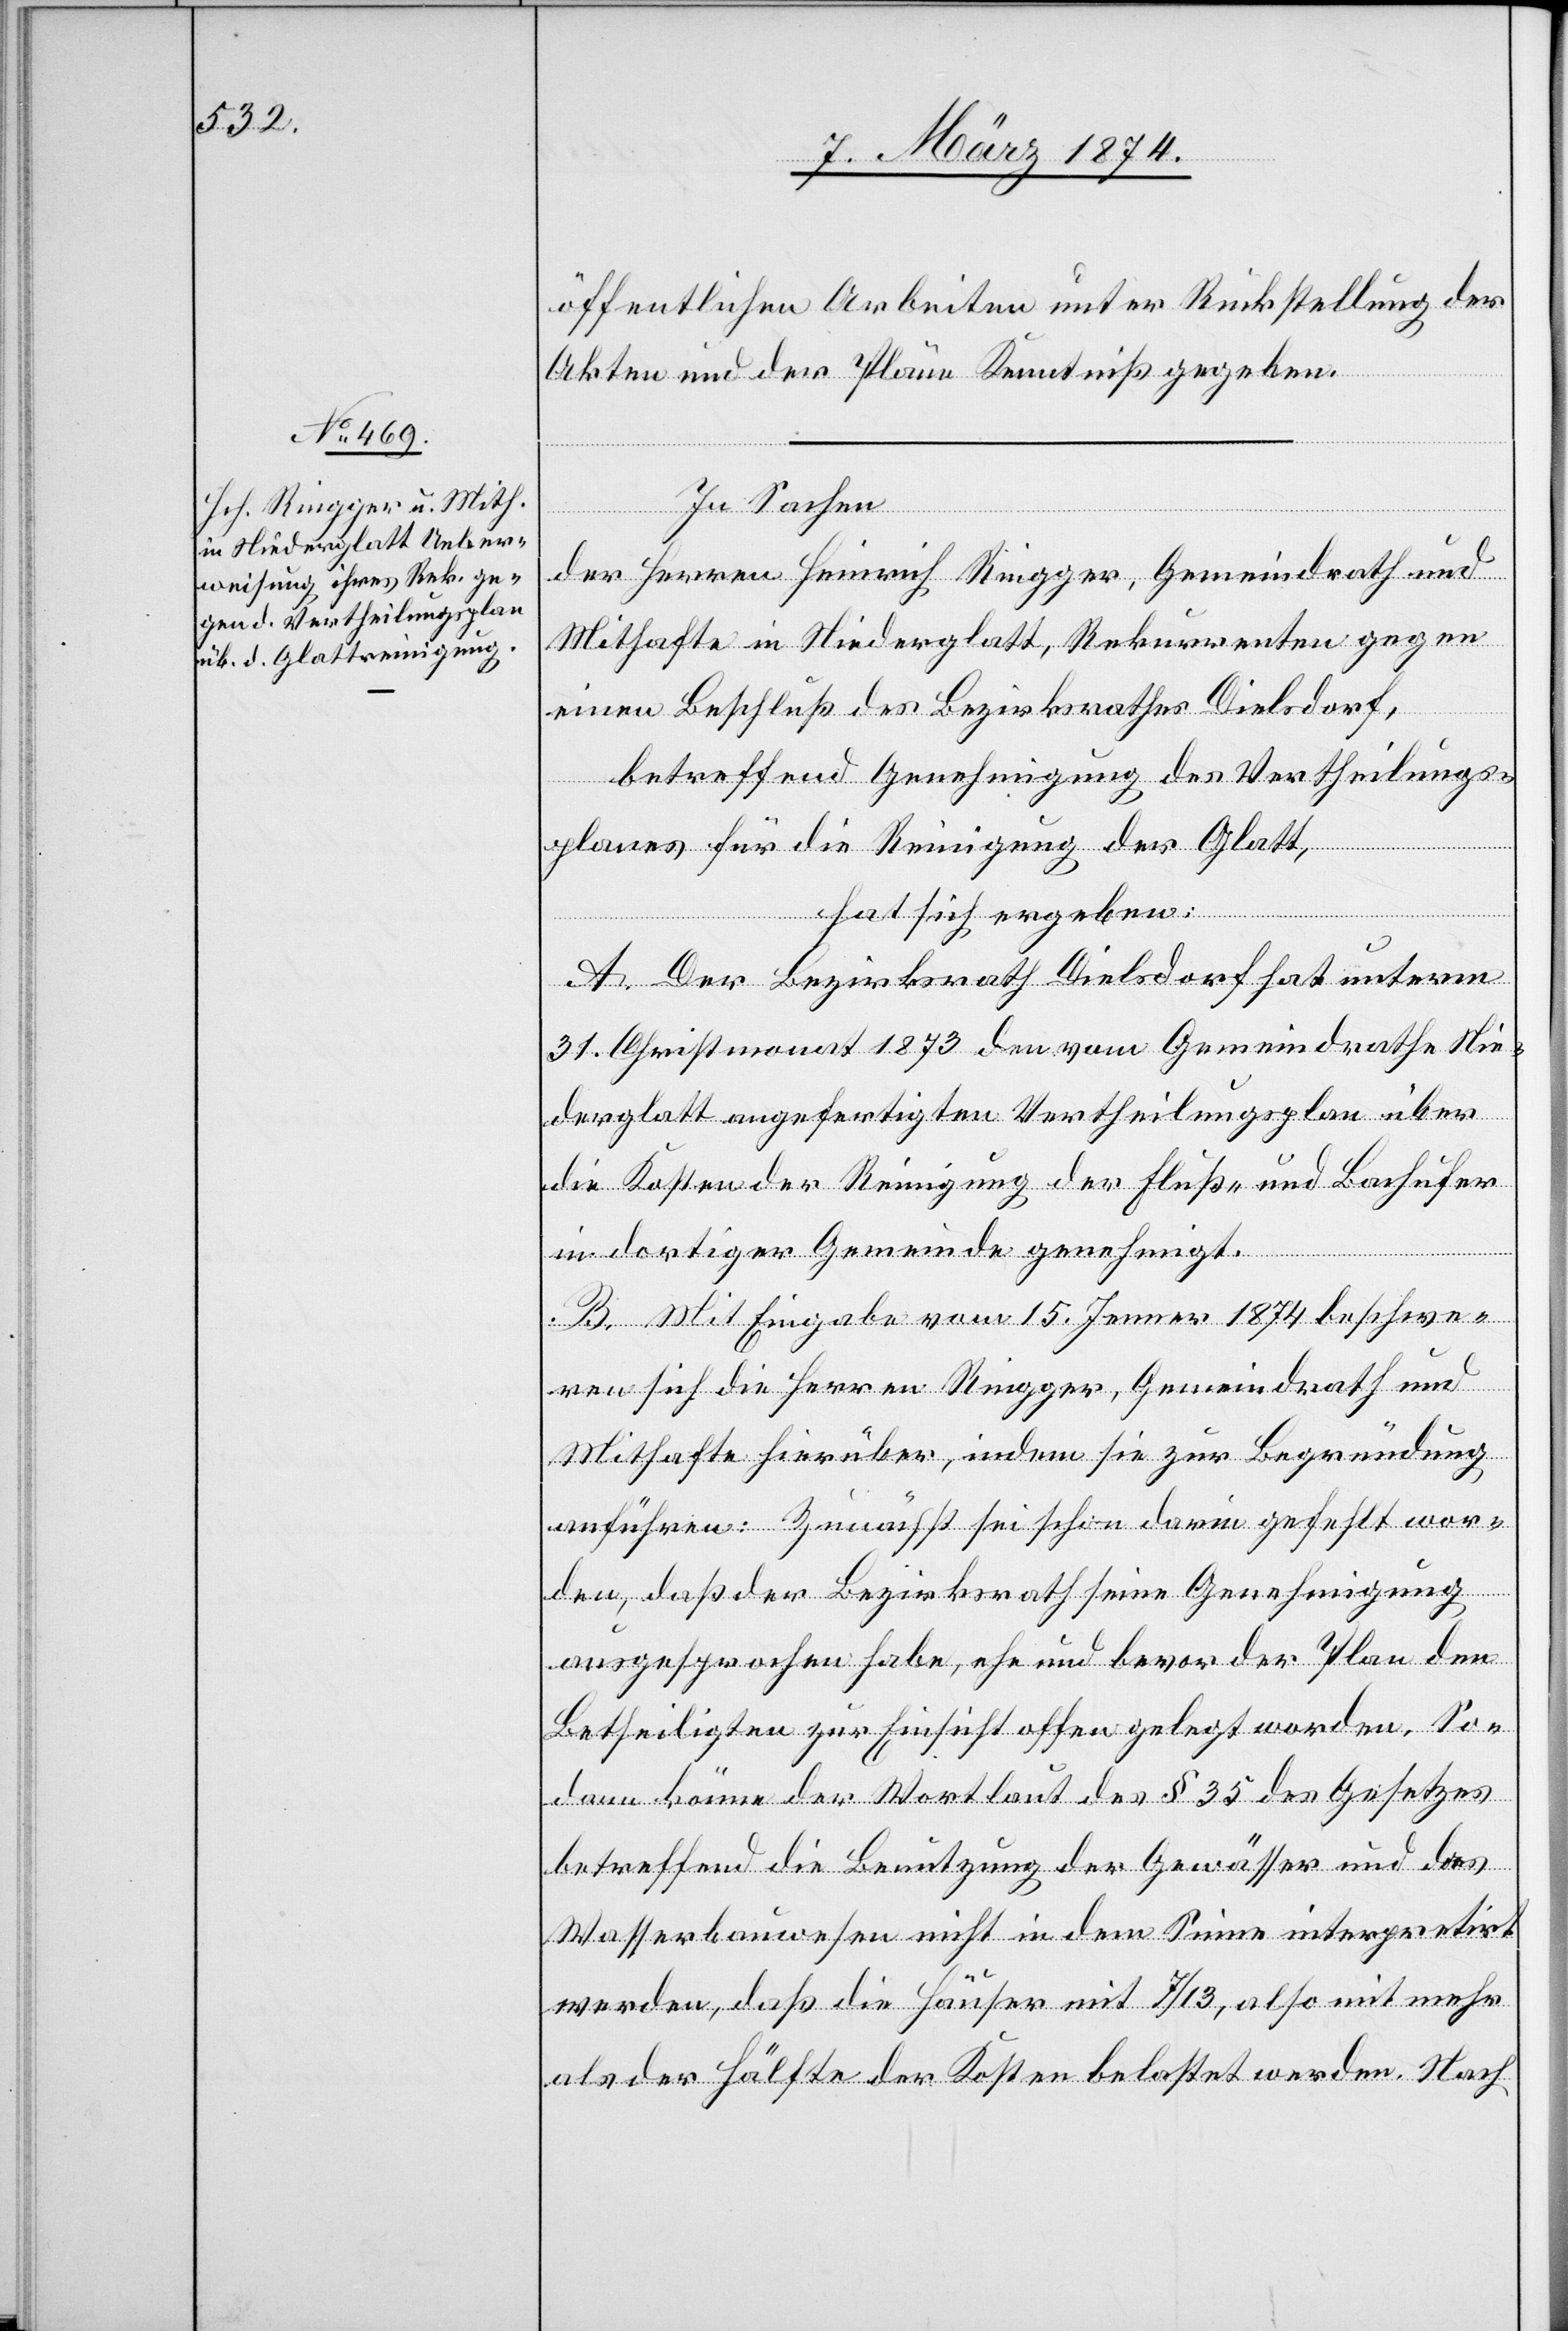
öffentlichen Arbeiten unter Rückstellung der
Akten und der Pläne Kenntniß gegeben.